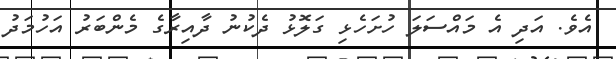
އެވެ. އަދި އެ މައްސަލަ ހުށަހެޅި ގަލޮޅު ދެކުނު ދާއިރާގެ މެންބަރު އަހުމަދު